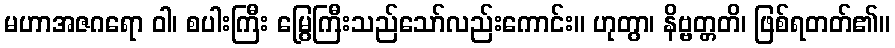
မဟာအဇဂရော ဝါ၊ စပါးကြီး မြွေကြီးသည်သော်လည်းကောင်း။ ဟုတွာ၊ နိဗ္ဗတ္တတိ၊ ဖြစ်ရတတ်၏။